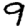
Digit: 9